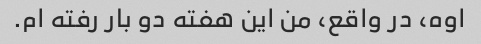
اوه، در واقع، من این هفته دو بار رفته ام.